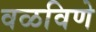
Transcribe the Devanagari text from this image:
वळविणे